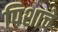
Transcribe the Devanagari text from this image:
पिशाचे